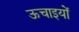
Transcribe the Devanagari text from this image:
ऊचाइयों